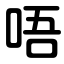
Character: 唔